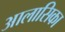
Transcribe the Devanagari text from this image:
आलासिका